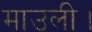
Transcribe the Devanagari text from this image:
माउली।